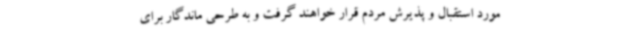
مورد استقبال و پذیرش مردم قرار خواهند گرفت و به طرحی ماندگار برای